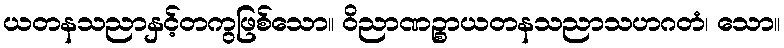
ယတနသညာနှင့်တကွဖြစ်သော။ ဝိညာဏဉ္စာယတနသညာသဟဂတံ၊ သော။